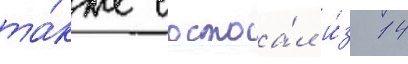
та́кже состоа́л и́з 14